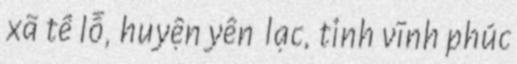
xã tề lỗ, huyện yên lạc, tỉnh vĩnh phúc